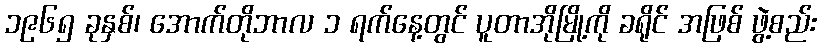
၁၉၆၅ ခုနှစ်၊ အောက်တိုဘာလ ၁ ရက်နေ့တွင် ပူတာအိုမြို့ကို ခရိုင် အဖြစ် ဖွဲ့စည်း